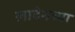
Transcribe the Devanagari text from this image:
लादेनच्या